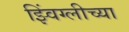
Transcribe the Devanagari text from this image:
झ्विंग्लीच्या